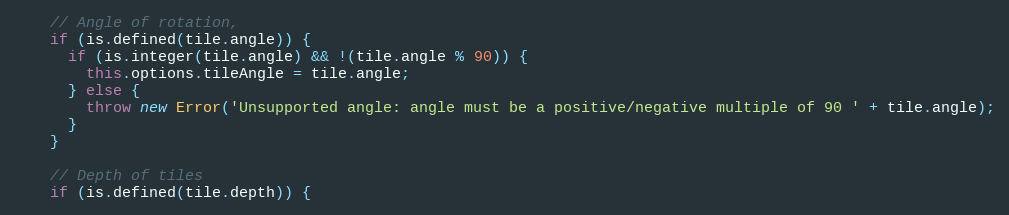
Language: JavaScript
    // Angle of rotation,
    if (is.defined(tile.angle)) {
      if (is.integer(tile.angle) && !(tile.angle % 90)) {
        this.options.tileAngle = tile.angle;
      } else {
        throw new Error('Unsupported angle: angle must be a positive/negative multiple of 90 ' + tile.angle);
      }
    }

    // Depth of tiles
    if (is.defined(tile.depth)) {